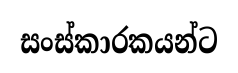
සංස්කාරකයන්ට